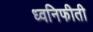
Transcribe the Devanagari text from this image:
ध्वनिफीती